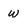
Character: w